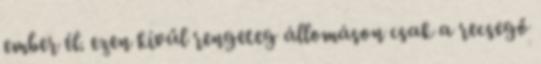
ember él. ezen kívűl rengeteg állomáson csak a recsegő